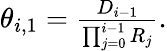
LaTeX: \begin{array}{r}{\theta_{i,1}=\frac{D_{i-1}}{\prod_{j=0}^{i-1}R_{j}}.}\end{array}